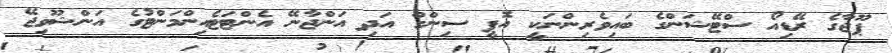
ޕޫޖާގެ ރޭޑިއޯ ސްޓޭޝަންގެ ބައިވެރިންނަކީ އޮޕީ ސިންގް އަދި އަންޖާނޭ އެންޓަޓެއިންމަންޓުގެ އަންޝޫވިޖޭ